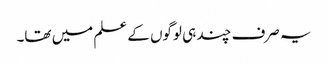
یہ صرف چند ہی لوگوں کے علم میں تھا۔